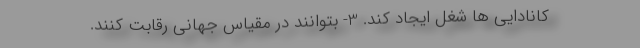
کانادایی ها شغل ایجاد کند. 3- بتوانند در مقیاس جهانی رقابت کنند.